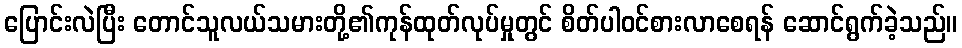
ပြောင်းလဲပြီး တောင်သူလယ်သမားတို့၏ကုန်ထုတ်လုပ်မှုတွင် စိတ်ပါဝင်စားလာစေရန် ဆောင်ရွက်ခဲ့သည်။